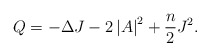
\begin{align*}Q=-\Delta J-2\left\vert A\right\vert ^{2}+\frac{n}{2}J^{2}. \end{align*}